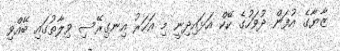
ޒާޔާގެ އުފަން ދުވަހުގެ ކޭކް އަޅައިދިނީ މި އަހަރު އިނގިރޭސި ވިލާތުގައި ބޭއްވި